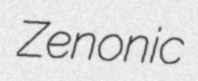
Zenonic